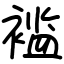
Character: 褴